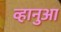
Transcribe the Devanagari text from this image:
व्हानुआ